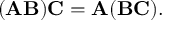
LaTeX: ( \mathbf { A B } ) \mathbf { C } = \mathbf { A } ( \mathbf { B C } ) .